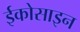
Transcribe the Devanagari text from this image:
ईकोसाइन